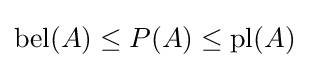
\operatorname {bel} (A)\leq P(A)\leq \operatorname {pl} (A)